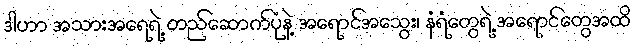
ဒါဟာ အသားအရေရဲ့ တည်ဆောက်ပုံနဲ့ အရောင်အသွေး၊ နံရံတွေရဲ့ အရောင်တွေအထိ